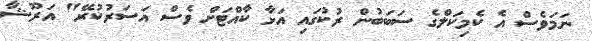
ނަމަވެސް އެ ކެމިކަލްގެ ސަބަބުން ރުކުގައި އަޅާ ކާއްޓަށް ވެސް އަސަރުކުރޭ" އަރޫޝާ